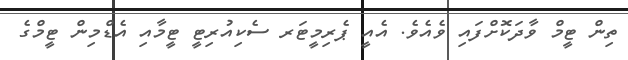
ތިން ޓީމް ވާދަކޮށްފައި ވެއެވެ. އެއީ ޕެރިމީޓަރ ސެކިއުރިޓީ ޓީމާއި އެޑްމިން ޓީމްގެ